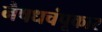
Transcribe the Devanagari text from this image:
नैषधचंपूकार